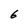
Character: 6